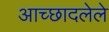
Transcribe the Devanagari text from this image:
अाच्छादलेले